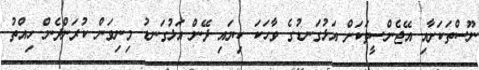
ނޫސްތަކަށާއި އޭޖެންސީތަކަށް އަޅުގަނޑުގެ ވާހަކަ ކިޔައި ދޭން އަޅުގަނޑު މިނިވަން ކުރަންދެން ހިއްތު